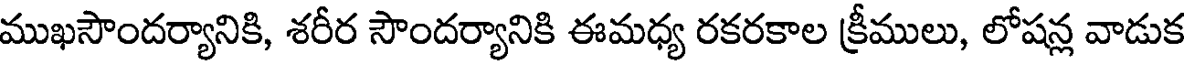
ముఖసౌందర్యానికి, శరీర సౌందర్యానికి ఈమధ్య రకరకాల క్రీములు, లోషన్ల వాడుక